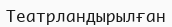
Театрландырылған